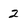
Character: 2